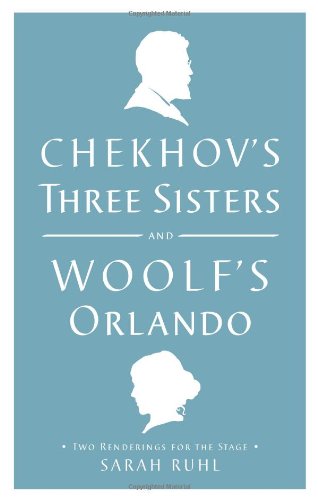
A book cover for Chekhov's Three Sisters and Woolf's Orlando: Two Renderings for the Stage; Virginia Woolf; Literature & Fiction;